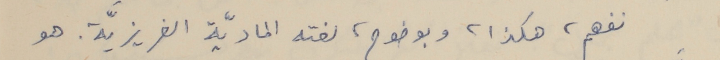
نفهم، هكذا، وبوضوح، لغته الماديّة الغريزيَّة. هو